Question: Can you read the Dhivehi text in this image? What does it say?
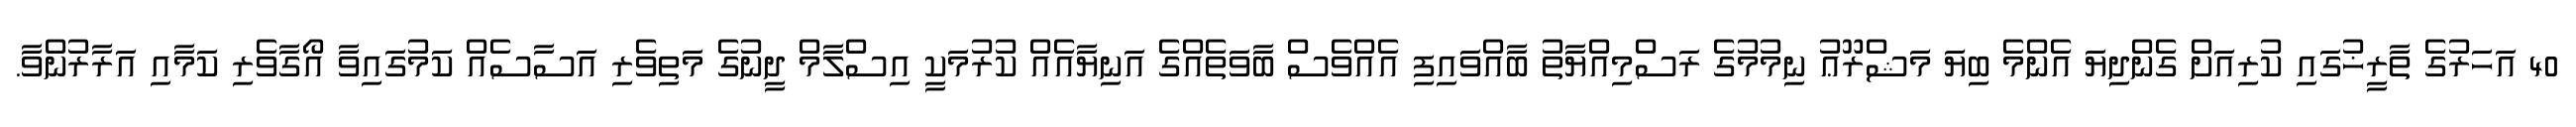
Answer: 40 އަހަރުގެ ތާރީޚުގައި ކުރިއަށް ގެންދިޔަ އެންމެ ބިޔަ މަޝްރޫޢު ނިމުމުގެ ރަސްމިއްޔާތު ބާއްވައިފި އެއްވެސް ބާވަތެއްގެ އަނިޔާއެއް ކުރުމަކީ އިސްލާމް ދީނުގެ މަތިވެރި އަސާސެއް ކަމުގައިވާ އޯގާވެރި ކަމާއި އަރާރުންވާ.